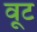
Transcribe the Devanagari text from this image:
वूट